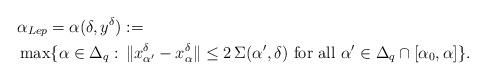
LaTeX: \begin{align*}\begin{aligned}&\alpha_{Lep}=\alpha(\delta,y^\delta):=\\&\max\{\alpha \in \Delta_q: \,\|x_{\alpha^\prime}^\delta-x_{\alpha}^\delta\| \le 2\, \Sigma(\alpha^\prime,\delta) \mbox{ for all } \alpha^\prime\in\Delta_q\cap [\alpha_0, \alpha]\}.\end{aligned}\end{align*}